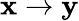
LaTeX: \mathbf x\to\mathbf y